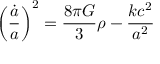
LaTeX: \left( { \frac { \dot { a } } { a } } \right) ^ { 2 } = { \frac { 8 \pi G } { 3 } } \rho - { \frac { k c ^ { 2 } } { a ^ { 2 } } }